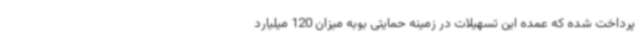
پرداخت شده که عمده این تسهیلات در زمینه حمایتی بوبه میزان 120 میلیارد